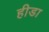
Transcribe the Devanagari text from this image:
हीडा